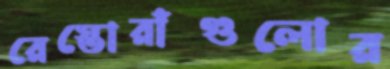
রেস্তোরাঁগুলোর